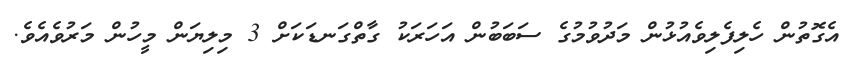
އެގޮތުން ހެލިފެލިވެއުޅުން މަދުވުމުގެ ސަބަބުން އަހަރަކު ގާތްގަނޑަކަށް 3 މިލިޔަން މީހުން މަރުވެއެވެ.